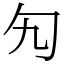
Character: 勼